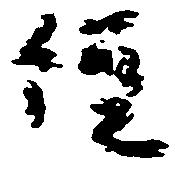
経